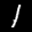
Label: 1